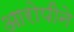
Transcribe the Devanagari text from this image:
आरोपीने